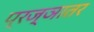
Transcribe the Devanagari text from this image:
प्रज्ञातर